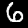
Label: 6